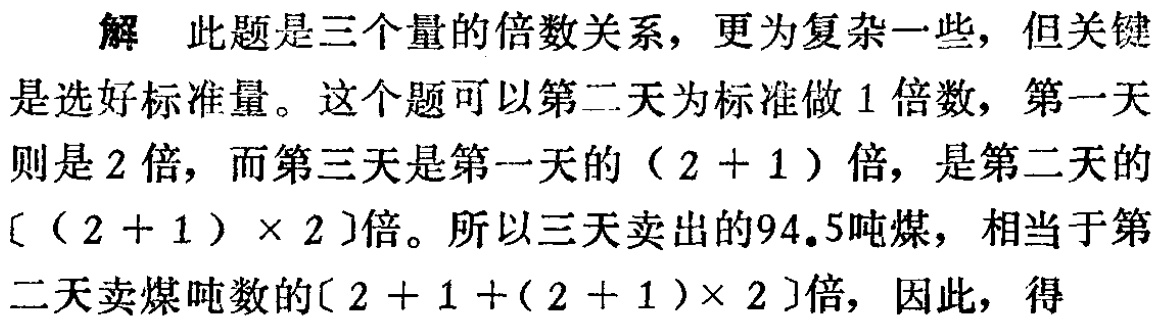
解 此题是三个量的倍数关系，更为复杂一些，但关键是选好标准量。这个题可以第二天为标准做1倍数，第一天则是2倍，而第三天是第一天的（2 + 1）倍，是第二天的[(2 + 1)×2]倍。所以三天卖出的94.5吨煤，相当于第二天卖煤吨数的[2 + 1+(2 + 1)×2]倍，因此，得